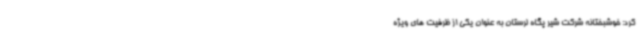
کرد: خوشبختانه شرکت شیر پگاه لرستان به عنوان یکی از ظرفیت های ویژه